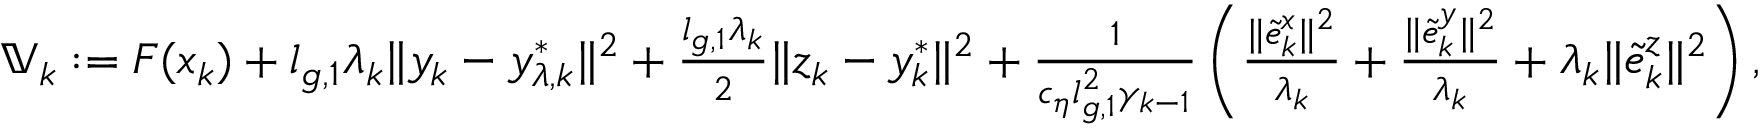
\begin{array} { r } { \mathbb { V } _ { k } : = F ( x _ { k } ) + l _ { g , 1 } \lambda _ { k } \| y _ { k } - y _ { \lambda , k } ^ { * } \| ^ { 2 } + \frac { l _ { g , 1 } \lambda _ { k } } { 2 } \| z _ { k } - y _ { k } ^ { * } \| ^ { 2 } + \frac { 1 } { c _ { \eta } l _ { g , 1 } ^ { 2 } \gamma _ { k - 1 } } \left( \frac { \| \tilde { e } _ { k } ^ { x } \| ^ { 2 } } { \lambda _ { k } } + \frac { \| \tilde { e } _ { k } ^ { y } \| ^ { 2 } } { \lambda _ { k } } + \lambda _ { k } \| \tilde { e } _ { k } ^ { z } \| ^ { 2 } \right) , } \end{array}